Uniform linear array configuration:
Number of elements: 8
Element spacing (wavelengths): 1
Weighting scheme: binomial
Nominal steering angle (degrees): -45
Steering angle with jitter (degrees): -44.213
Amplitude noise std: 0.05
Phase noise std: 0.05

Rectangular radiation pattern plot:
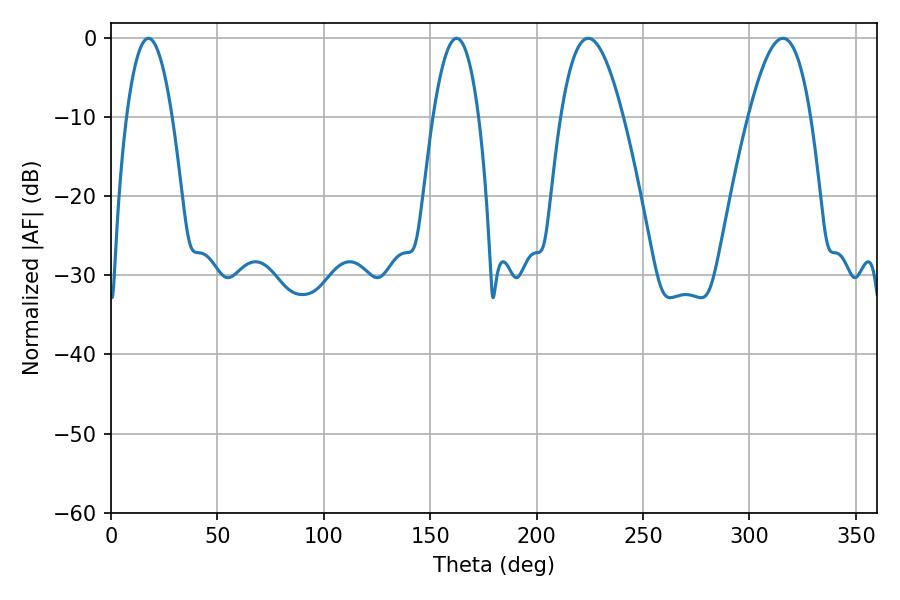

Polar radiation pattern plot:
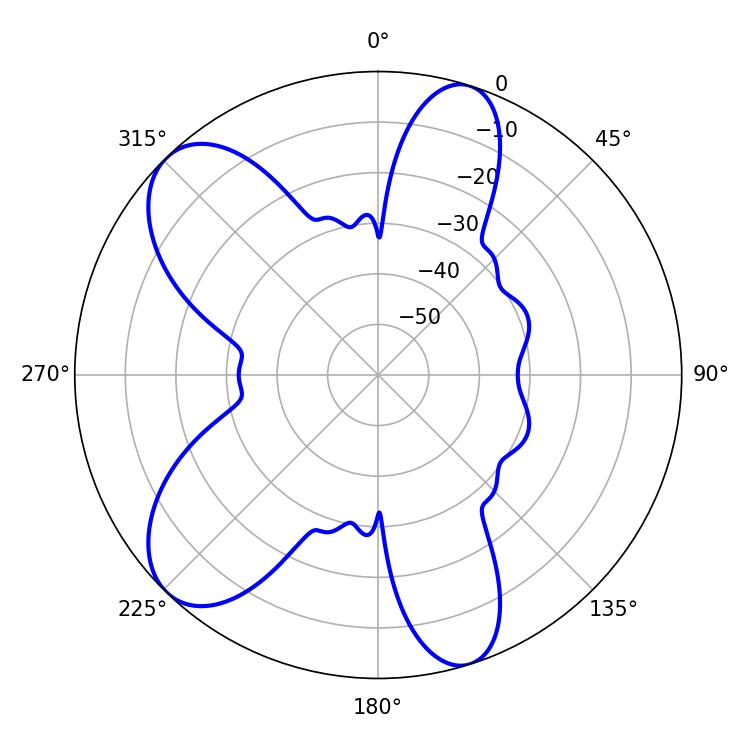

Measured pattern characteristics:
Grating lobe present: TRUE
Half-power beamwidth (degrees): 15.84
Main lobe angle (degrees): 224.28